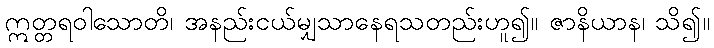
ဣတ္တရဝါသောတိ၊ အနည်းငယ်မျှသာနေရသတည်းဟူ၍။ ဇာနိယာန၊ သိ၍။